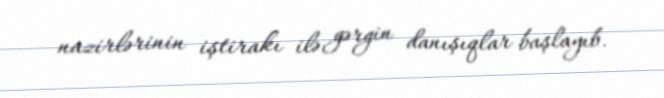
nazirlərinin iştirakı ilə gərgin danışıqlar başlayıb.